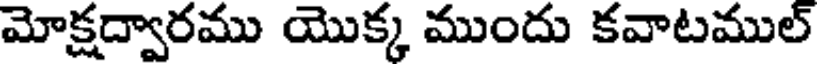
మోక్షద్వారము యొక్క ముందు కవాటముల్